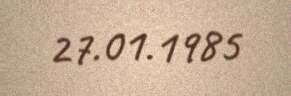
27.01.1985